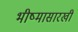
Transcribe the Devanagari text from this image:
भीष्मासारखी